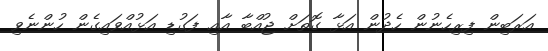
އަރަބިން ފިރިހެނުން ހެދުން އަޅާ ގޮތަށް ޖުއްބާ އާއި ފަގުޑި އަޅުއްވައިގެން ހުންނެވި